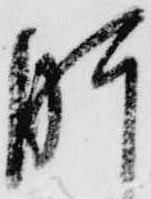
肝